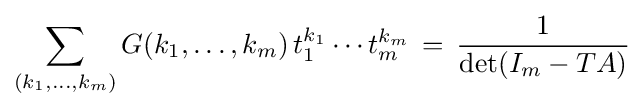
\sum _{(k_{1},\dots ,k_{m})}G(k_{1},\dots ,k_{m})\,t_{1}^{k_{1}}\cdots t_{m}^{k_{m}}\,=\,{\frac {1}{\det(I_{m}-TA)}}